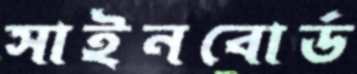
সাইনবোর্ড